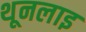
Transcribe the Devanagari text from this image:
थूनलाइ